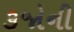
૩જોની